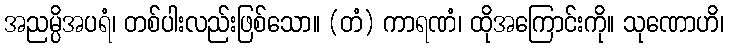
အညမ္ပိအပရံ၊ တစ်ပါးလည်းဖြစ်သော။ (တံ) ကာရဏံ၊ ထိုအကြောင်းကို။ သုဏောဟိ၊